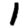
Digit: 1